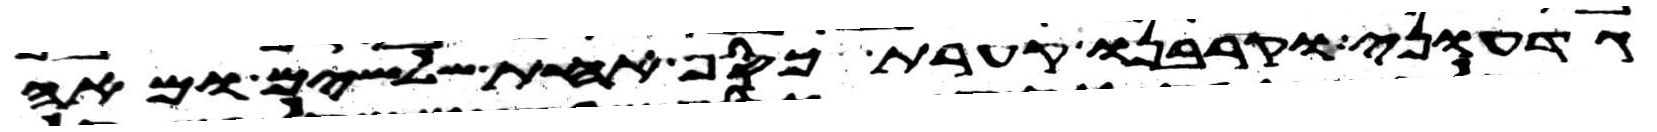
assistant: גדעוני וקרבנו קערת כסף אחת שלשים ומאה